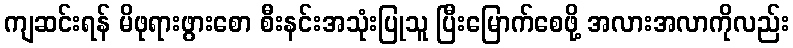
ကျဆင်းရန် မိဖုရားဖွားစော စီးနင်းအသုံးပြုသူ ပြီးမြောက်စေဖို့ အလားအလာကိုလည်း